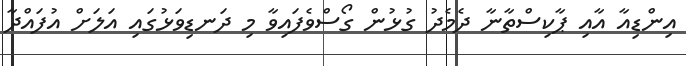
އިންޑިއާ އާއި ޕާކިސްތާނާ ދެމެދު ގުޅުން ގޯސްވެފައިވާ މި ދަނޑިވަޅުގައި އަލަށް އުފައްދާ